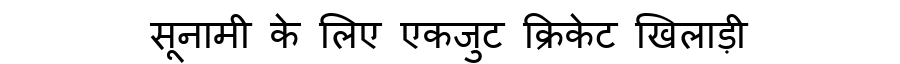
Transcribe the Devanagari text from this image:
सूनामी के लिए एकजुट क्रिकेट खिलाड़ी